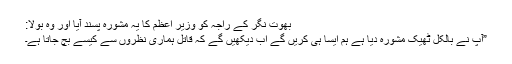
بھوت نگر کے راجہ کو وزیر اعظم کا یہ مشورہ پسند آیا اور وہ بولا:
”آپ نے بالکل ٹھیک مشورہ دیا ہے ہم ایسا ہی کریں گے اب دیکھیں گے کہ قاتل ہماری نظروں سے کیسے بچ جاتا ہے۔